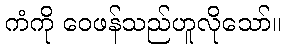
ကံကို ဝေဖန်သည်ဟူလိုသော်။